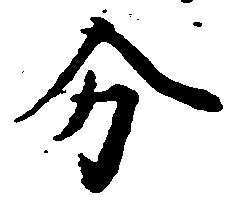
分